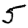
Digit: 5